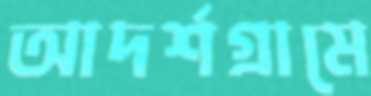
আদর্শগ্রামে